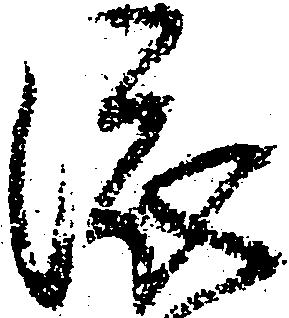
依